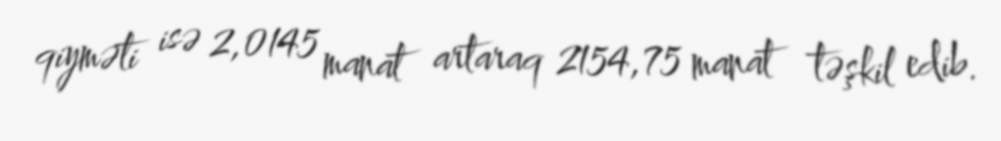
qiyməti isə 2,0145 manat artaraq 2154,75 manat təşkil edib.